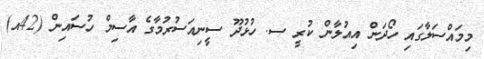
މިމައްސަލާގައި ހޯދަން އިއުލާން ކުރީ ސ. ހުޅުދޫ ސީނިއަސުރުމާގެ އާސިމް ހުސައިން (42އ)